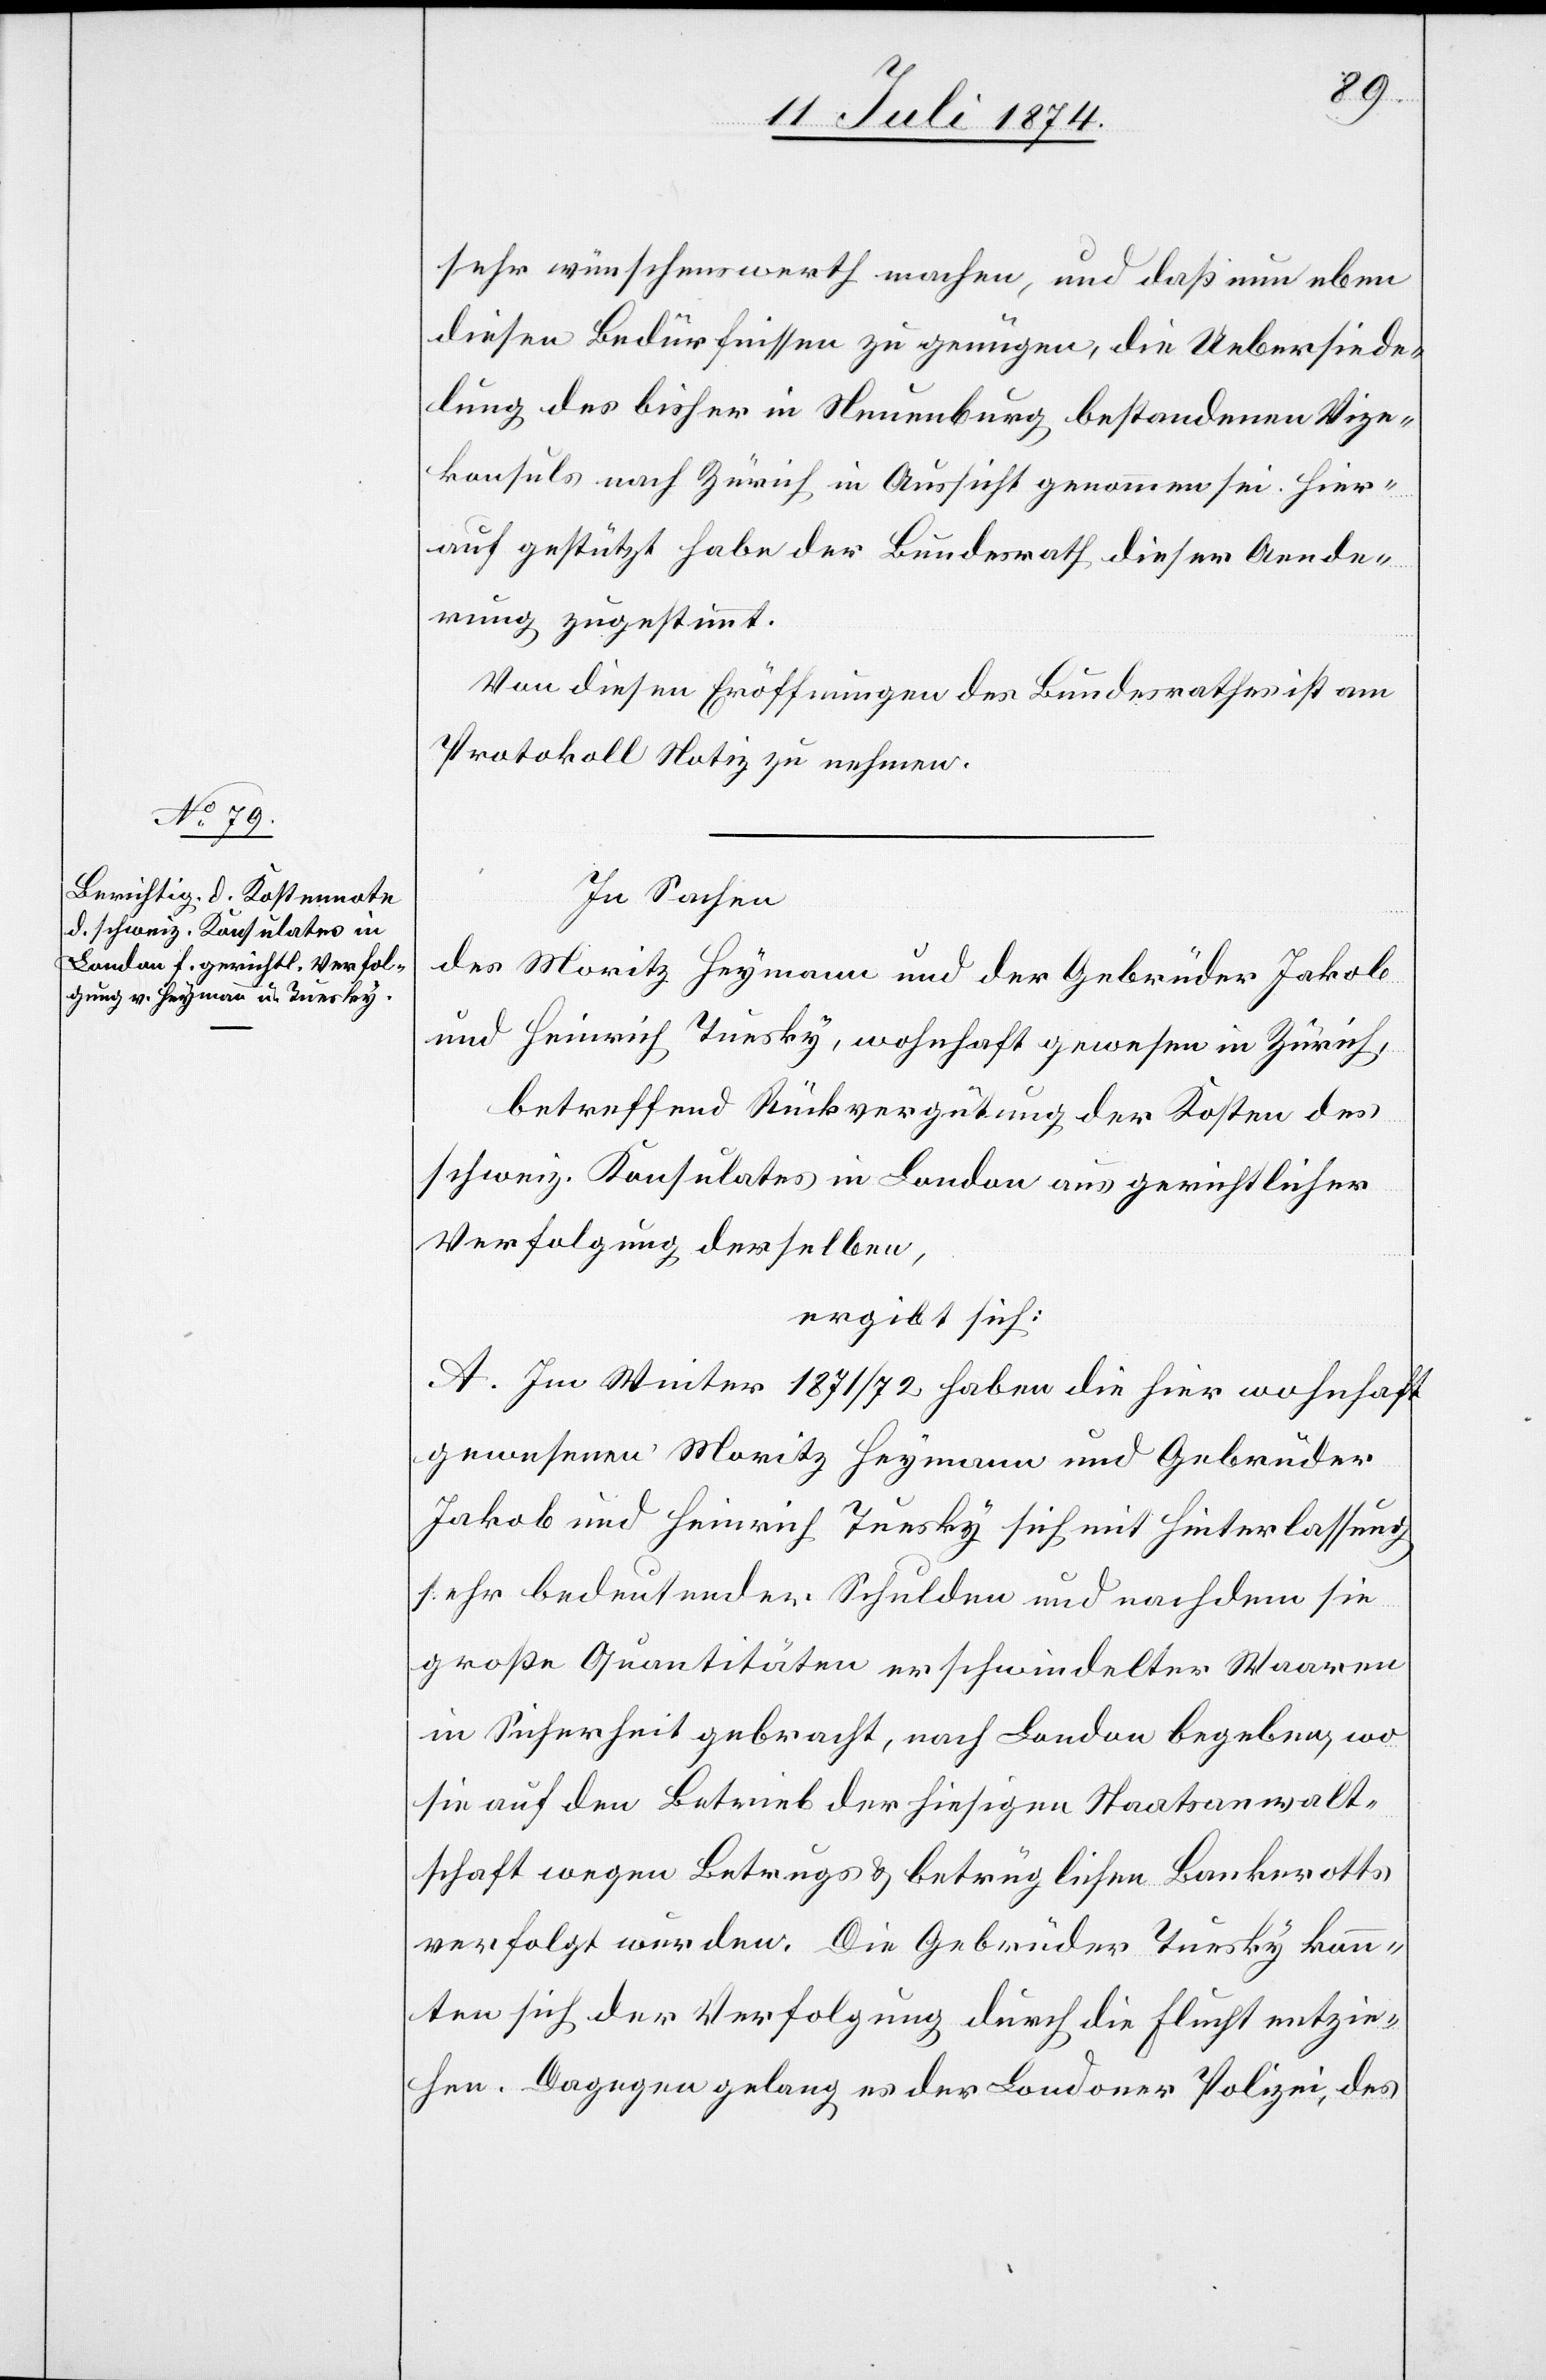
sehr wünschenswerth machen, und daß um eben
diesen Bedürfnissen zu genügen, die Uebersiede¬
lung des bisher in Neuenburg bestandenen Vize¬
konsuls nach Zürich in Aussicht genommen sei. Hier¬
auf gestützt habe der Bundesrath dieser Aende¬
rung zugestimmt.
Von dieser Eröffnung des Bundesrathes ist am
Protokoll Notiz zu nehmen.
In Sachen
des Moritz Heymann und der Gebrüder Jakob
und Heinrich Tuesky, wohnhaft gewesen in Zürich,
betreffend Rückvergütung der Kosten des
schweiz. Konsulates in London aus gerichtlicher
Verfolgung derselben,
ergibt sich:
A. Im Winter 1871/72 haben die hier wohnhaft
gewesenen Moritz Heymann und Gebrüder
Jakob und Heinrich Tuesky sich mit Hinterlassung
sehr bedeutender Schulden und nachdem sie
große Quantitäten erschwindelter Waaren
in Sicherheit gebracht, nach London begeben, wo
sie auf den Betrieb der hiesigen Staatsanwalt¬
schaft wegen Betrugs u. betrüglichen Bankerotts
verfolgt wurden. Die Gebrüder Tuesky konn¬
ten sich der Verfolgung durch die Flucht entzie¬
hen. Dagegen gelang es der Londoner Polizei, des